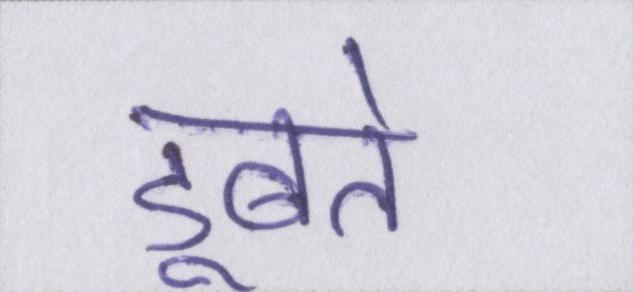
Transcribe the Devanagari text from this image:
डूबते